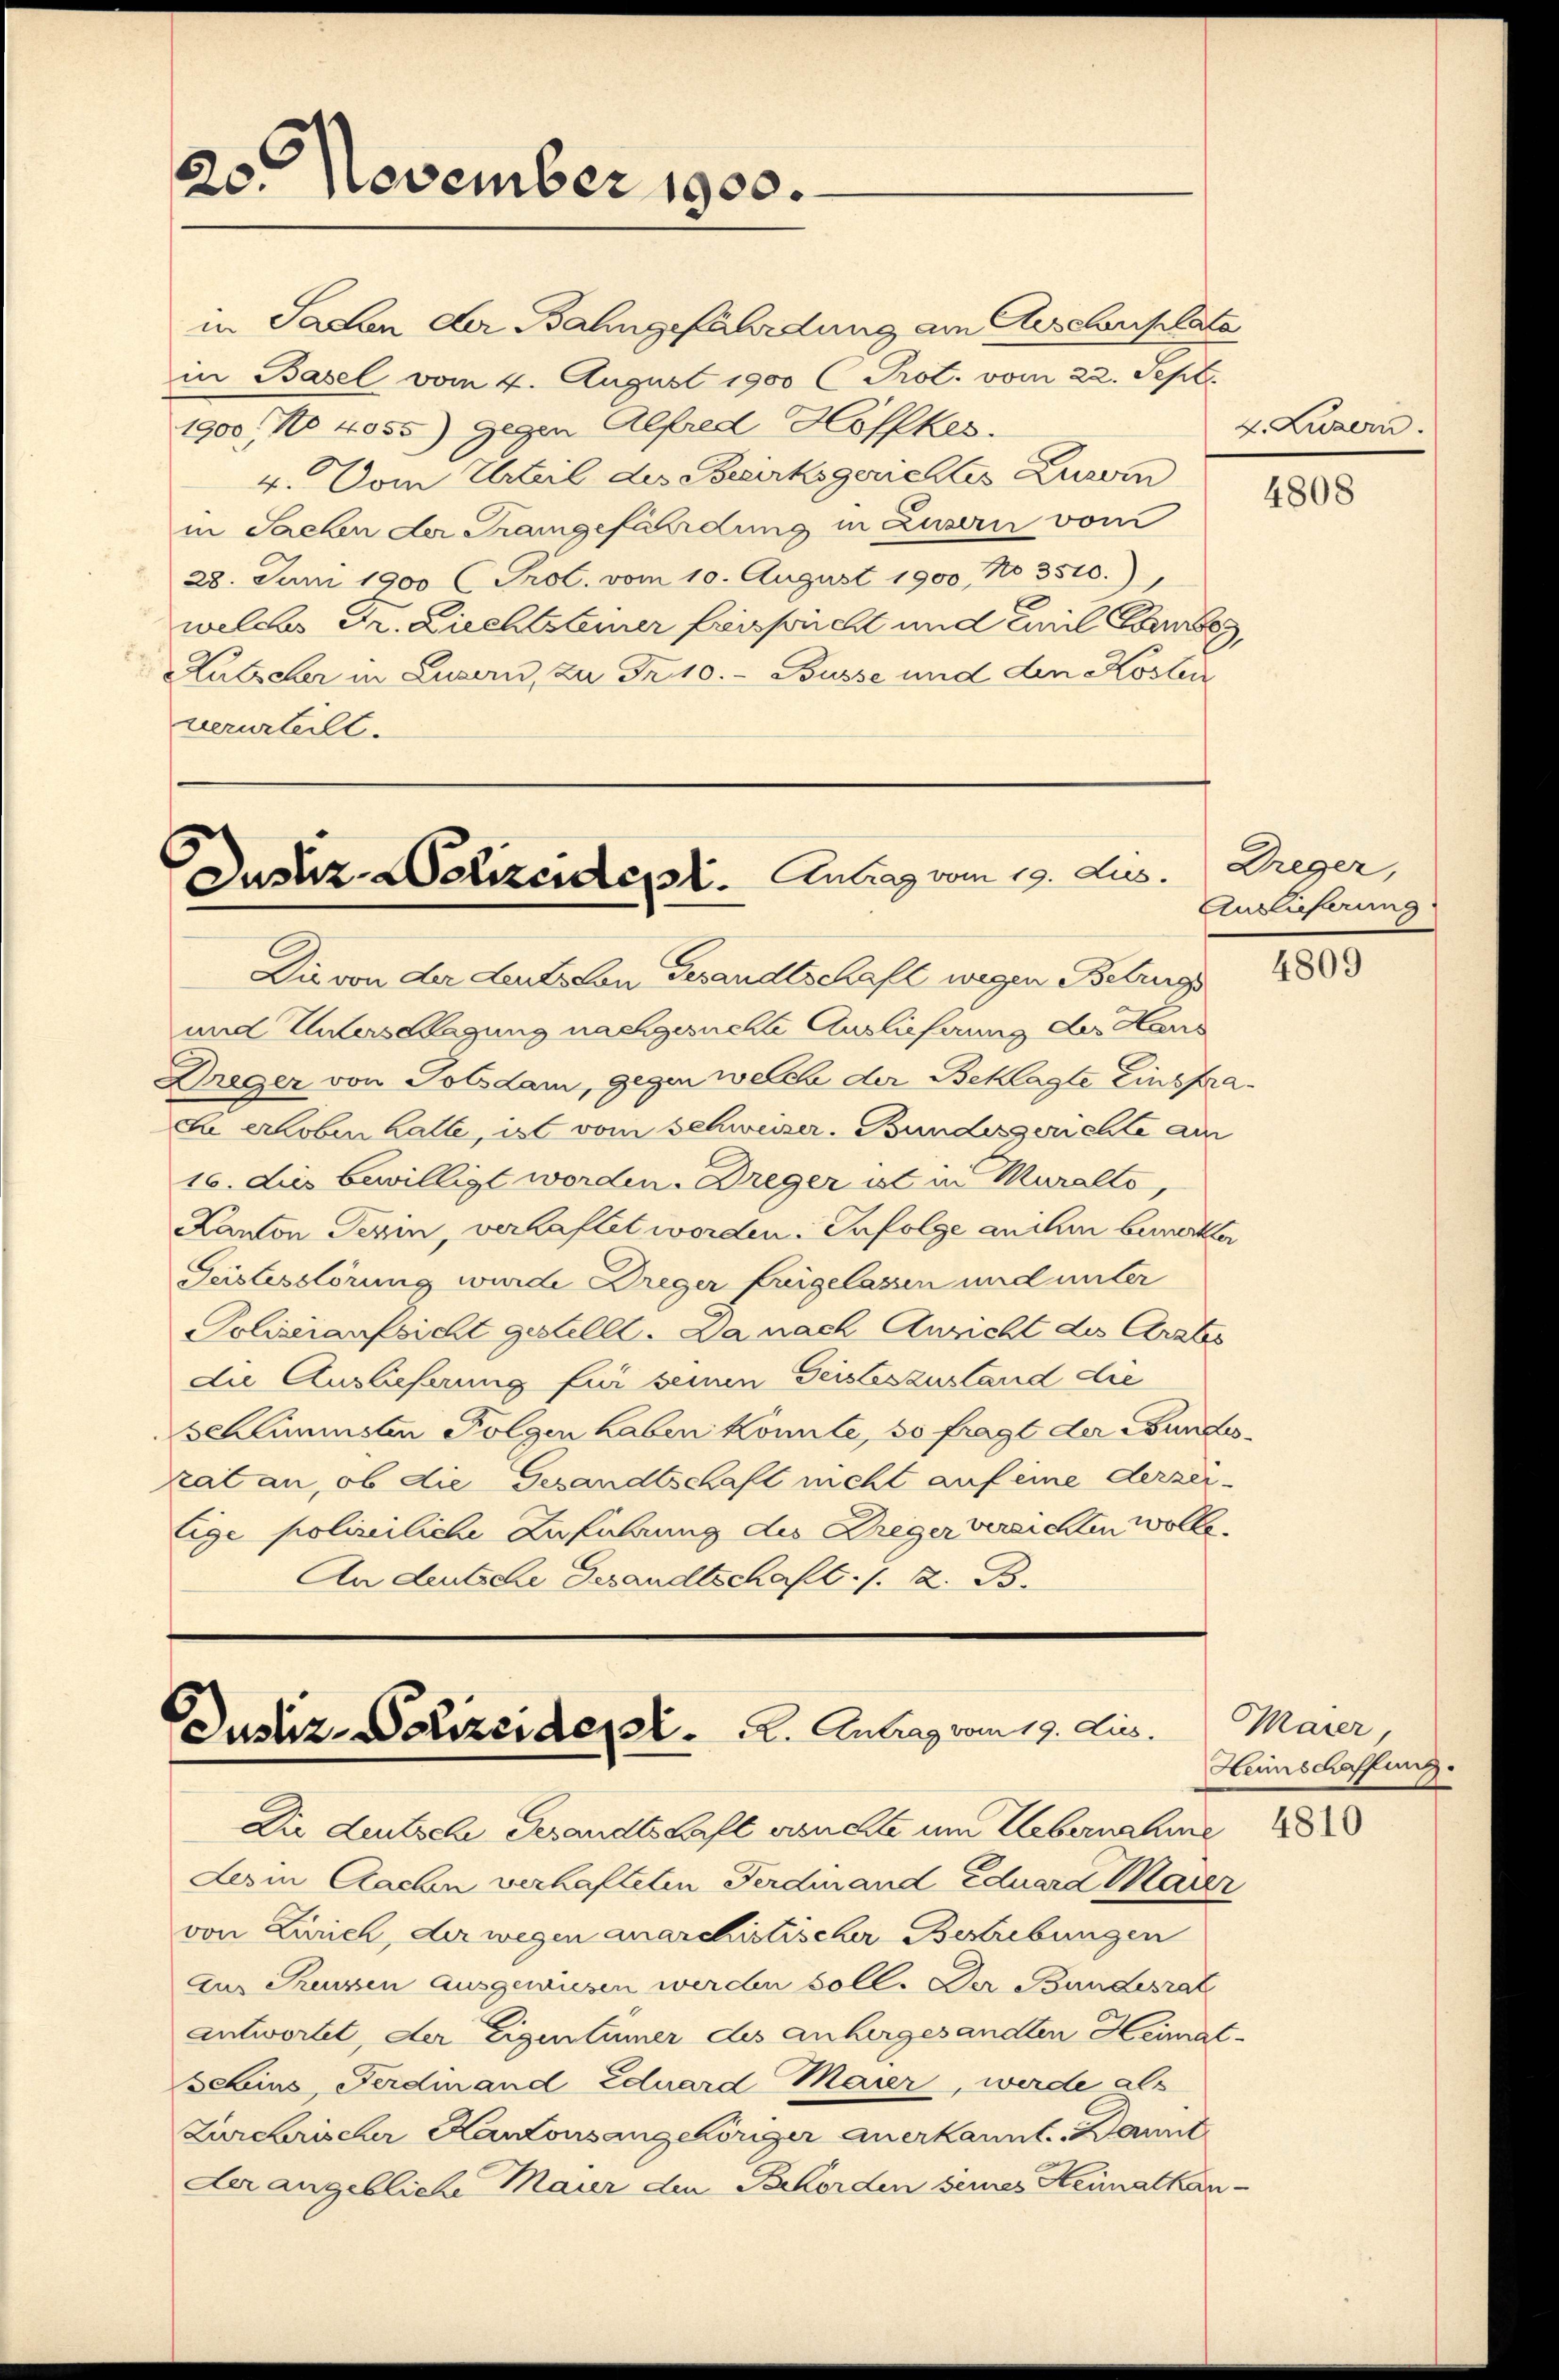
20. November 1900.

in Sachen der Bahngefährdung am Aescherplate
in Basel vom 4. August 1900 C Prot. vom 22. Sept.
1900, No 4055) gegen Alfred Hoffkes.
4. Vom Urteil des Bezirksgerichtes Zuvern
in Sachen der Trangefährdung in Luzern vom
28. Juni 1900 (Prol. vom 10. August 1900 No 3500.)
welches Dr. Liechtsteiner frissicht und Emil Sonne
Lutscher in Luzern, zu Fr. 10.- Busse und den Kosten
verurteilt.

Justiz-Wolizeident. Antrag vom 19. Aus

Justiz-Polizeider K. K. Antrag vom 19. ds.

Die von der deutscon Gesandtschaft wegen Betrugs
und Untersagung nachgesuchte Auslieferung des Haus
Dräger von Totsdam, gegen welche der Beklagte Einsprad erloben hatte, ist vom Schweizer. Bundesgerichte am
16. dies bewilligt worden. Dreger ut in Muralte,
Kanton Perin, verhaftet worden. Infolge auchen bemerkter
Geistesstörung wurde Dreger feigelassen und unter
Polizeiaufsicht gestellt. Da nach Ansicht des Arates
die Auslieferung für seinen Geisteszustand die
schlimmsten Folgen haben könnte, so fragt der Bundesrat an, ob die Gesandtschaft nicht auf eine derzei-
lige polizeiliche Zuführung des Dreger versichten wolle
An deutsche Gesandtschaft. s. z. B.

Dir deutsche Gesandtschaft ersuchte um Uebernahme
Derin Aachen verhafteten Ferdinand Eduard Maier
von Zürich, der wegen anarchistischer Bestrebungen
aus Preussen Ausgewiesen werden soll. Der Bundesrat
antwortet, der Eigentümer des anhergesandten Heimat-
Selins, Ferdinand Eduard Maier, werde als
Zurchrischer Kantonsangehöriger anerkannt Bannt
der angebliche Mauer den Behörden seines Heimatkan-

4. Luzern

4808

Dreger,
Anslieferung

4809

Maier,
Heimschaffung

4810